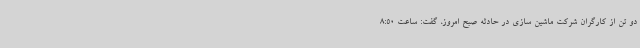
دو تن از کارگران شرکت ماشین سازی در حادثه صبح امروز، گفت: ساعت 8:50